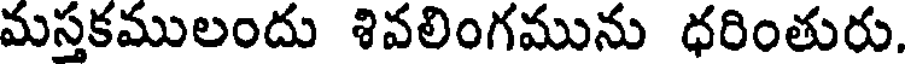
మస్తకములందు శివలింగమును ధరింతురు.